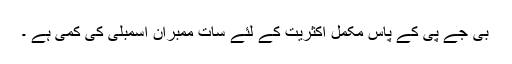
بی جے پی کے پاس مکمل اکثریت کے لئے سات ممبران اسمبلی کی کمی ہے ۔